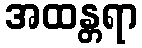
အထန္တရာ